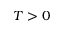
T > 0